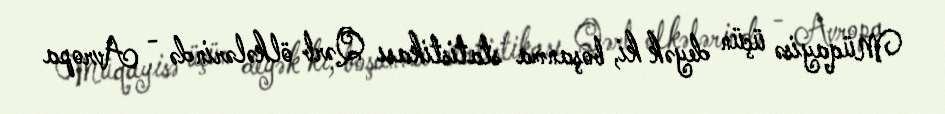
Müqayisə üçün deyək ki, boşanma statistikası Qərb ölkələrində - Avropa